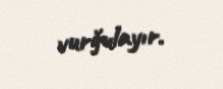
vurğulayır.